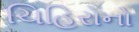
ચિહિરોનો